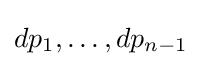
dp_{1},\dots ,dp_{n-1}